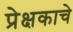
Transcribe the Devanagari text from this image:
प्रेक्षकाचे